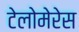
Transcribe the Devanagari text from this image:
टेलोमेरेस